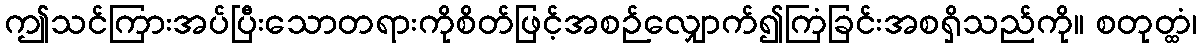
ဤသင်ကြားအပ်ပြီးသောတရားကိုစိတ်ဖြင့်အစဉ်လျှောက်၍ကြံခြင်းအစရှိသည်ကို။ စတုတ္ထံ၊